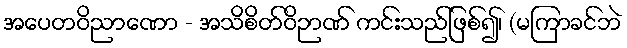
အပေတဝိညာဏော - အသိစိတ်ဝိဉာဏ် ကင်းသည်ဖြစ်၍၊ (မကြာခင်ဘဲ